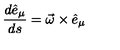
\frac { d \hat { e } _ { \mu } } { d s } = \vec { \omega } \times \hat { e } _ { \mu }